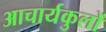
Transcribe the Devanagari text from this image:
आचार्यकुलों